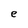
Character: e